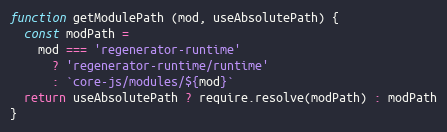
Language: JavaScript
function getModulePath (mod, useAbsolutePath) {
  const modPath =
    mod === 'regenerator-runtime'
      ? 'regenerator-runtime/runtime'
      : `core-js/modules/${mod}`
  return useAbsolutePath ? require.resolve(modPath) : modPath
}